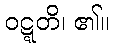
ဝဋ္ဋတိ၊ ၏။